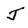
Character: J